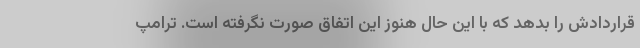
قراردادش را بدهد که با این حال هنوز این اتفاق صورت نگرفته است. ترامپ